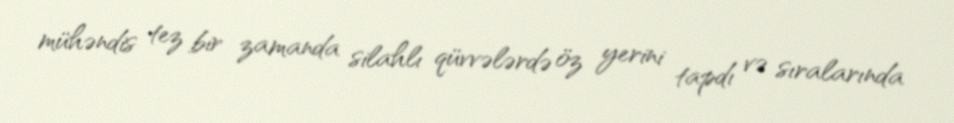
mühəndis tez bir zamanda silahlı qüvvələrdə öz yerini tapdı və sıralarında